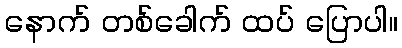
နောက် တစ်ခေါက် ထပ် ပြောပါ။